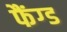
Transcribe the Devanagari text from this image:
फैंग्ड